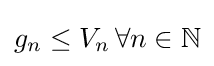
g_{n}\leq V_{n}\,\forall n\in \mathbb {N}